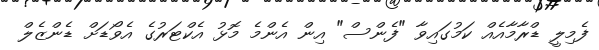
ފެމިލީ ޑްރާމާއެއް ކަމުގައިވާ "ފެންސް" އިން އެންމެ މޮޅު އެކްޓަރުގެ އެވޯޑަށް ޑެންޒެލް